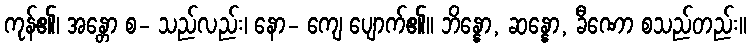
ကုန်၏၊ အန္တော စ- သည်လည်း၊ နော- ကျေ ပျောက်၏။ ဘိန္နော, ဆန္နော, ခီဏော စသည်တည်း။